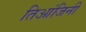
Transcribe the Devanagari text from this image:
तिआंजिनी